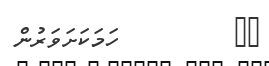
٢٠         ހަމަކަށަވަރުން